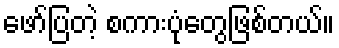
ဖော်ပြတဲ့ စကားပုံတွေဖြစ်တယ်။